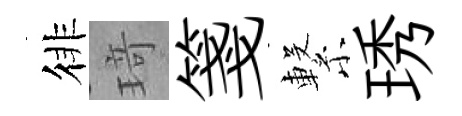
徘𤦺箋繋琇